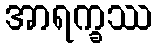
အာရက္ခဿ